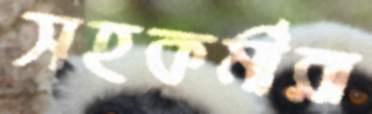
সহকর্মীরা